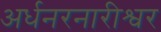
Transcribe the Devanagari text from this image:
अर्धनरनारीश्वर